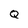
Character: Q